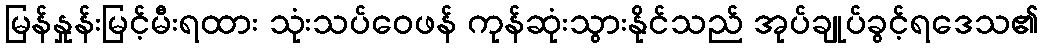
မြန်နှုန်းမြင့်မီးရထား သုံးသပ်ဝေဖန် ကုန်ဆုံးသွားနိုင်သည် အုပ်ချုပ်ခွင့်ရဒေသ၏